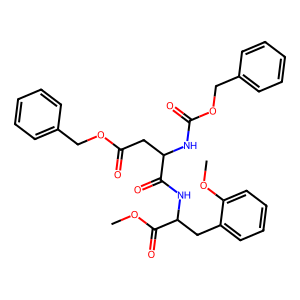
SMILES: COC(=O)C(Cc1ccccc1OC)NC(=O)C(CC(=O)OCc1ccccc1)NC(=O)OCc1ccccc1
Inhibits HIV replication: No